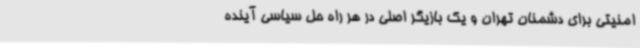
امنیتی برای دشمنان تهران و یک بازیگر اصلی در هر راه حل سیاسی آینده